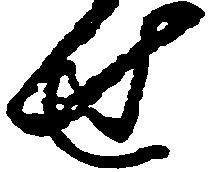
せ